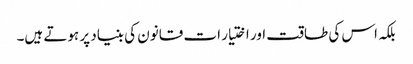
بلکہ اس کی طاقت اور اختیار ات قانون کی بنیاد پر ہوتے ہیں۔